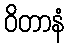
ဝိတာနံ